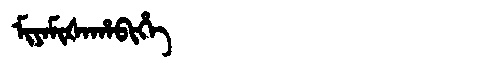
Manchu: ᠮᡳᠶᠠᠮᡳᡧᠠᡥᠠᠪᡳᡥᡝ
Romanization: MIYAMIŠAHABIHE